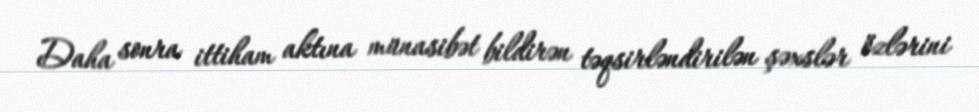
Daha sonra ittiham aktına münasibət bildirən təqsirləndirilən şəxslər özlərini